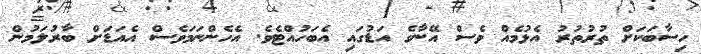
ހިސާބަކަށް ތުރުތުރު އެޅުމެއް ވެސް އޭނާގެ އަޑުގައި އެބަހުއްޓެވެ. އެހެންނަމަވެސް އެއަޑަށް ބާރުލަމުން